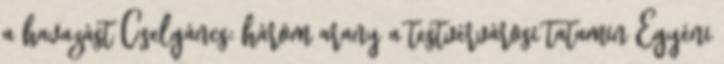
a havazást Cselgáncs: három arany a testvérvárosi tatamin Egyéni